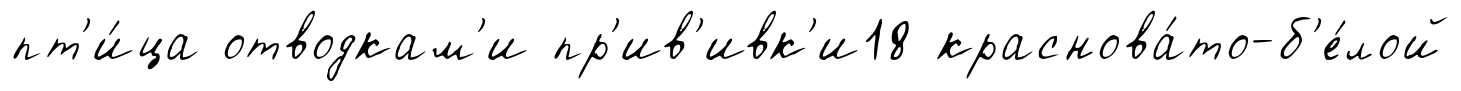
пт'и́ца отводкам'и пр'ив'ивк'и18 краснова́то-б'е́лой